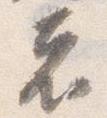
者